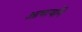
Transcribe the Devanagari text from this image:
आचार्याने